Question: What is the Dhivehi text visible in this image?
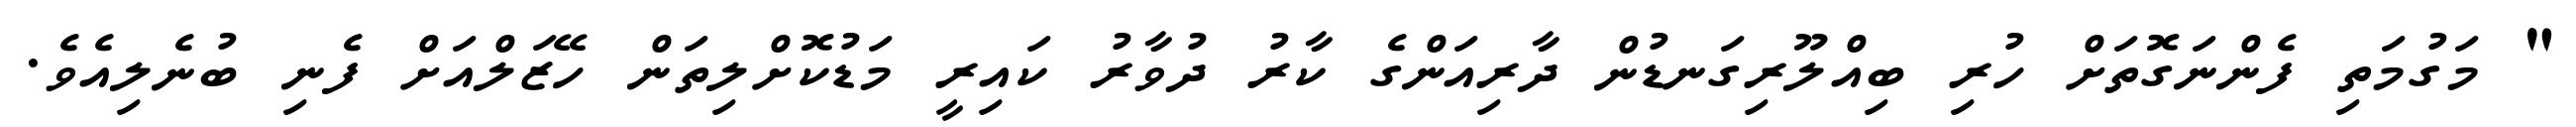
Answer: " މަގުމަތި ފެންނަގޮތަށް ހުރި ބިއްލޫރިގަނޑުން ދާރިއަންގެ ކާރު ދުވާރު ކައިރީ މަޑުކޮށްލިތަން ހޭޒަލްއަށް ފެނި ބުނެލިއެވެ.